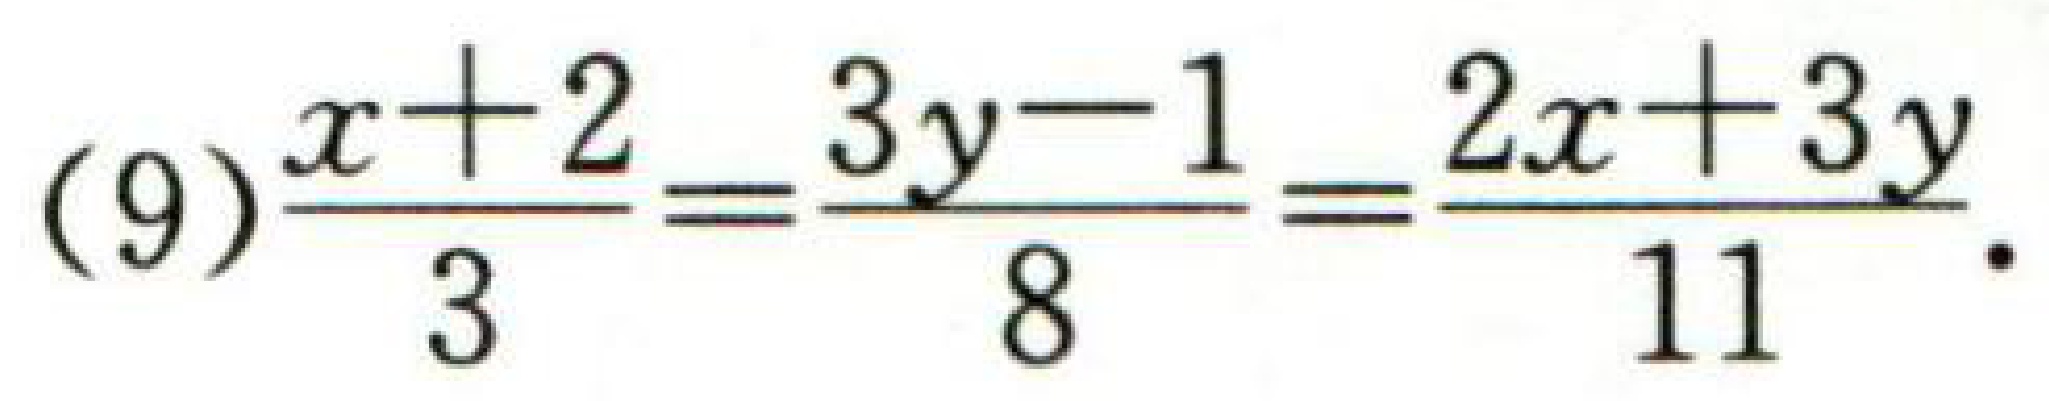
(9)$\dfrac{x + 2}{3}=\dfrac{3y - 1}{8}=\dfrac{2x + 3y}{11}$.